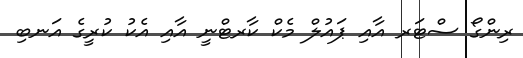
ރިންގޯ ސްޓަރ އާއި ޕައުލް މެކް ކާރޓްނީ އާއި އެކު ކުރީގެ އަނބި